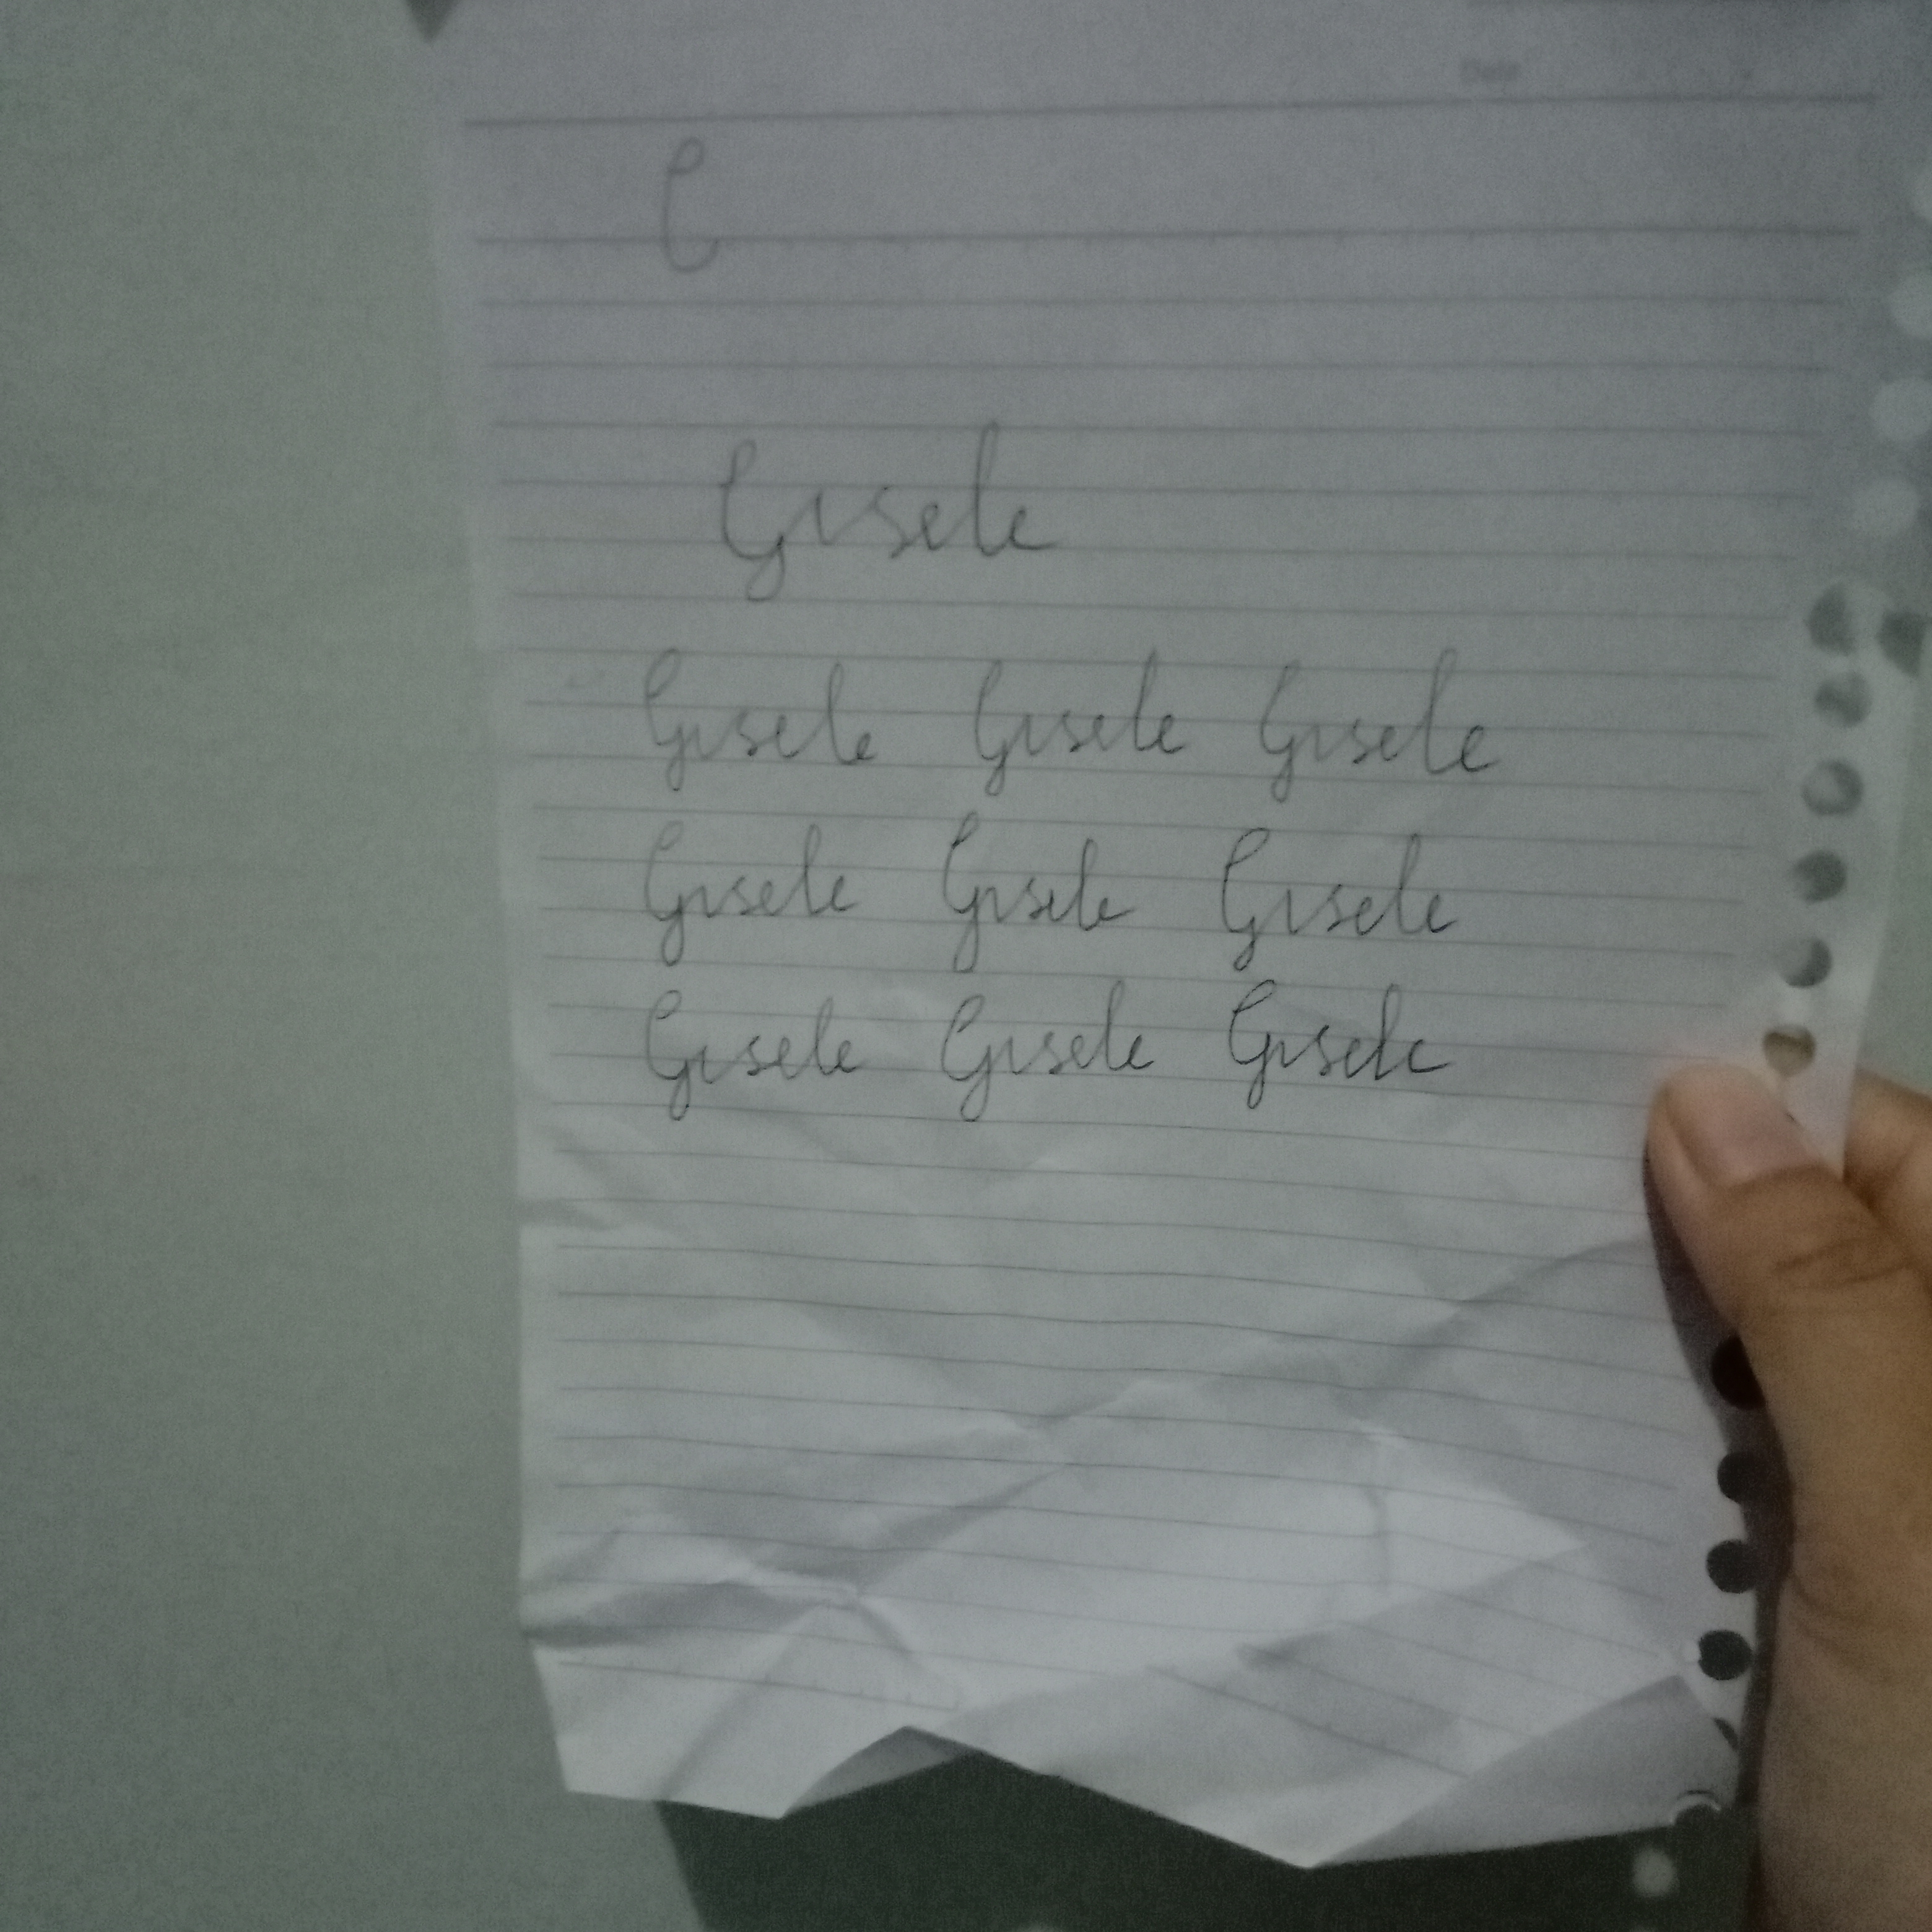
Signature authenticity: forged